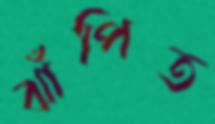
ঝাঁপিত